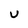
Character: u